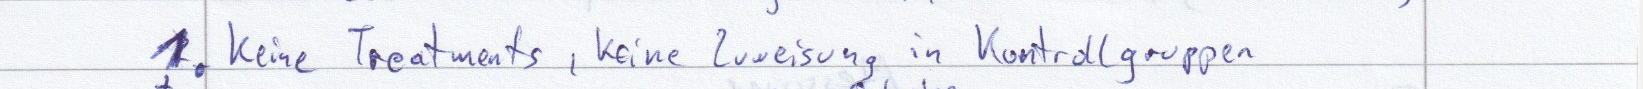
1. Keine Treatments, keine Zuweisung in Kontrollgruppen